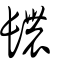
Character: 𨲳